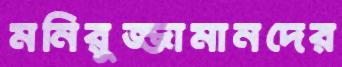
মনিরুজ্জামানদের